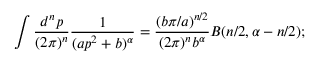
\int \frac { d ^ { n } p } { ( 2 \pi ) ^ { n } } \frac { 1 } { ( a p ^ { 2 } + b ) ^ { \alpha } } = \frac { ( b \pi / a ) ^ { n / 2 } } { ( 2 \pi ) ^ { n } b ^ { \alpha } } B ( n / 2 , \alpha - n / 2 ) ;